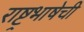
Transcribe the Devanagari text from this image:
राष्ट्रभाषेची